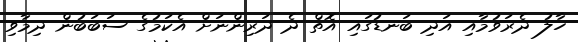
ހާލު ދެރަވުމާއި އަދި ބަނޑުގައި އޮތް ދެ ދަރިންނަށް އެކަމުގެ ސަބަބުން ދިމާވި